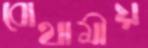
বোথামীয়